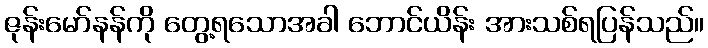
ဇုန်းမော်နန်ကို တွေ့ရသောအခါ ဘောင်ယိန်း အားသစ်ရပြန်သည်။